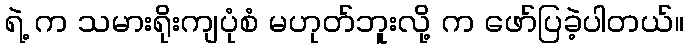
ရဲ့ က သမားရိုးကျပုံစံ မဟုတ်ဘူးလို့ က ဖော်ပြခဲ့ပါတယ်။